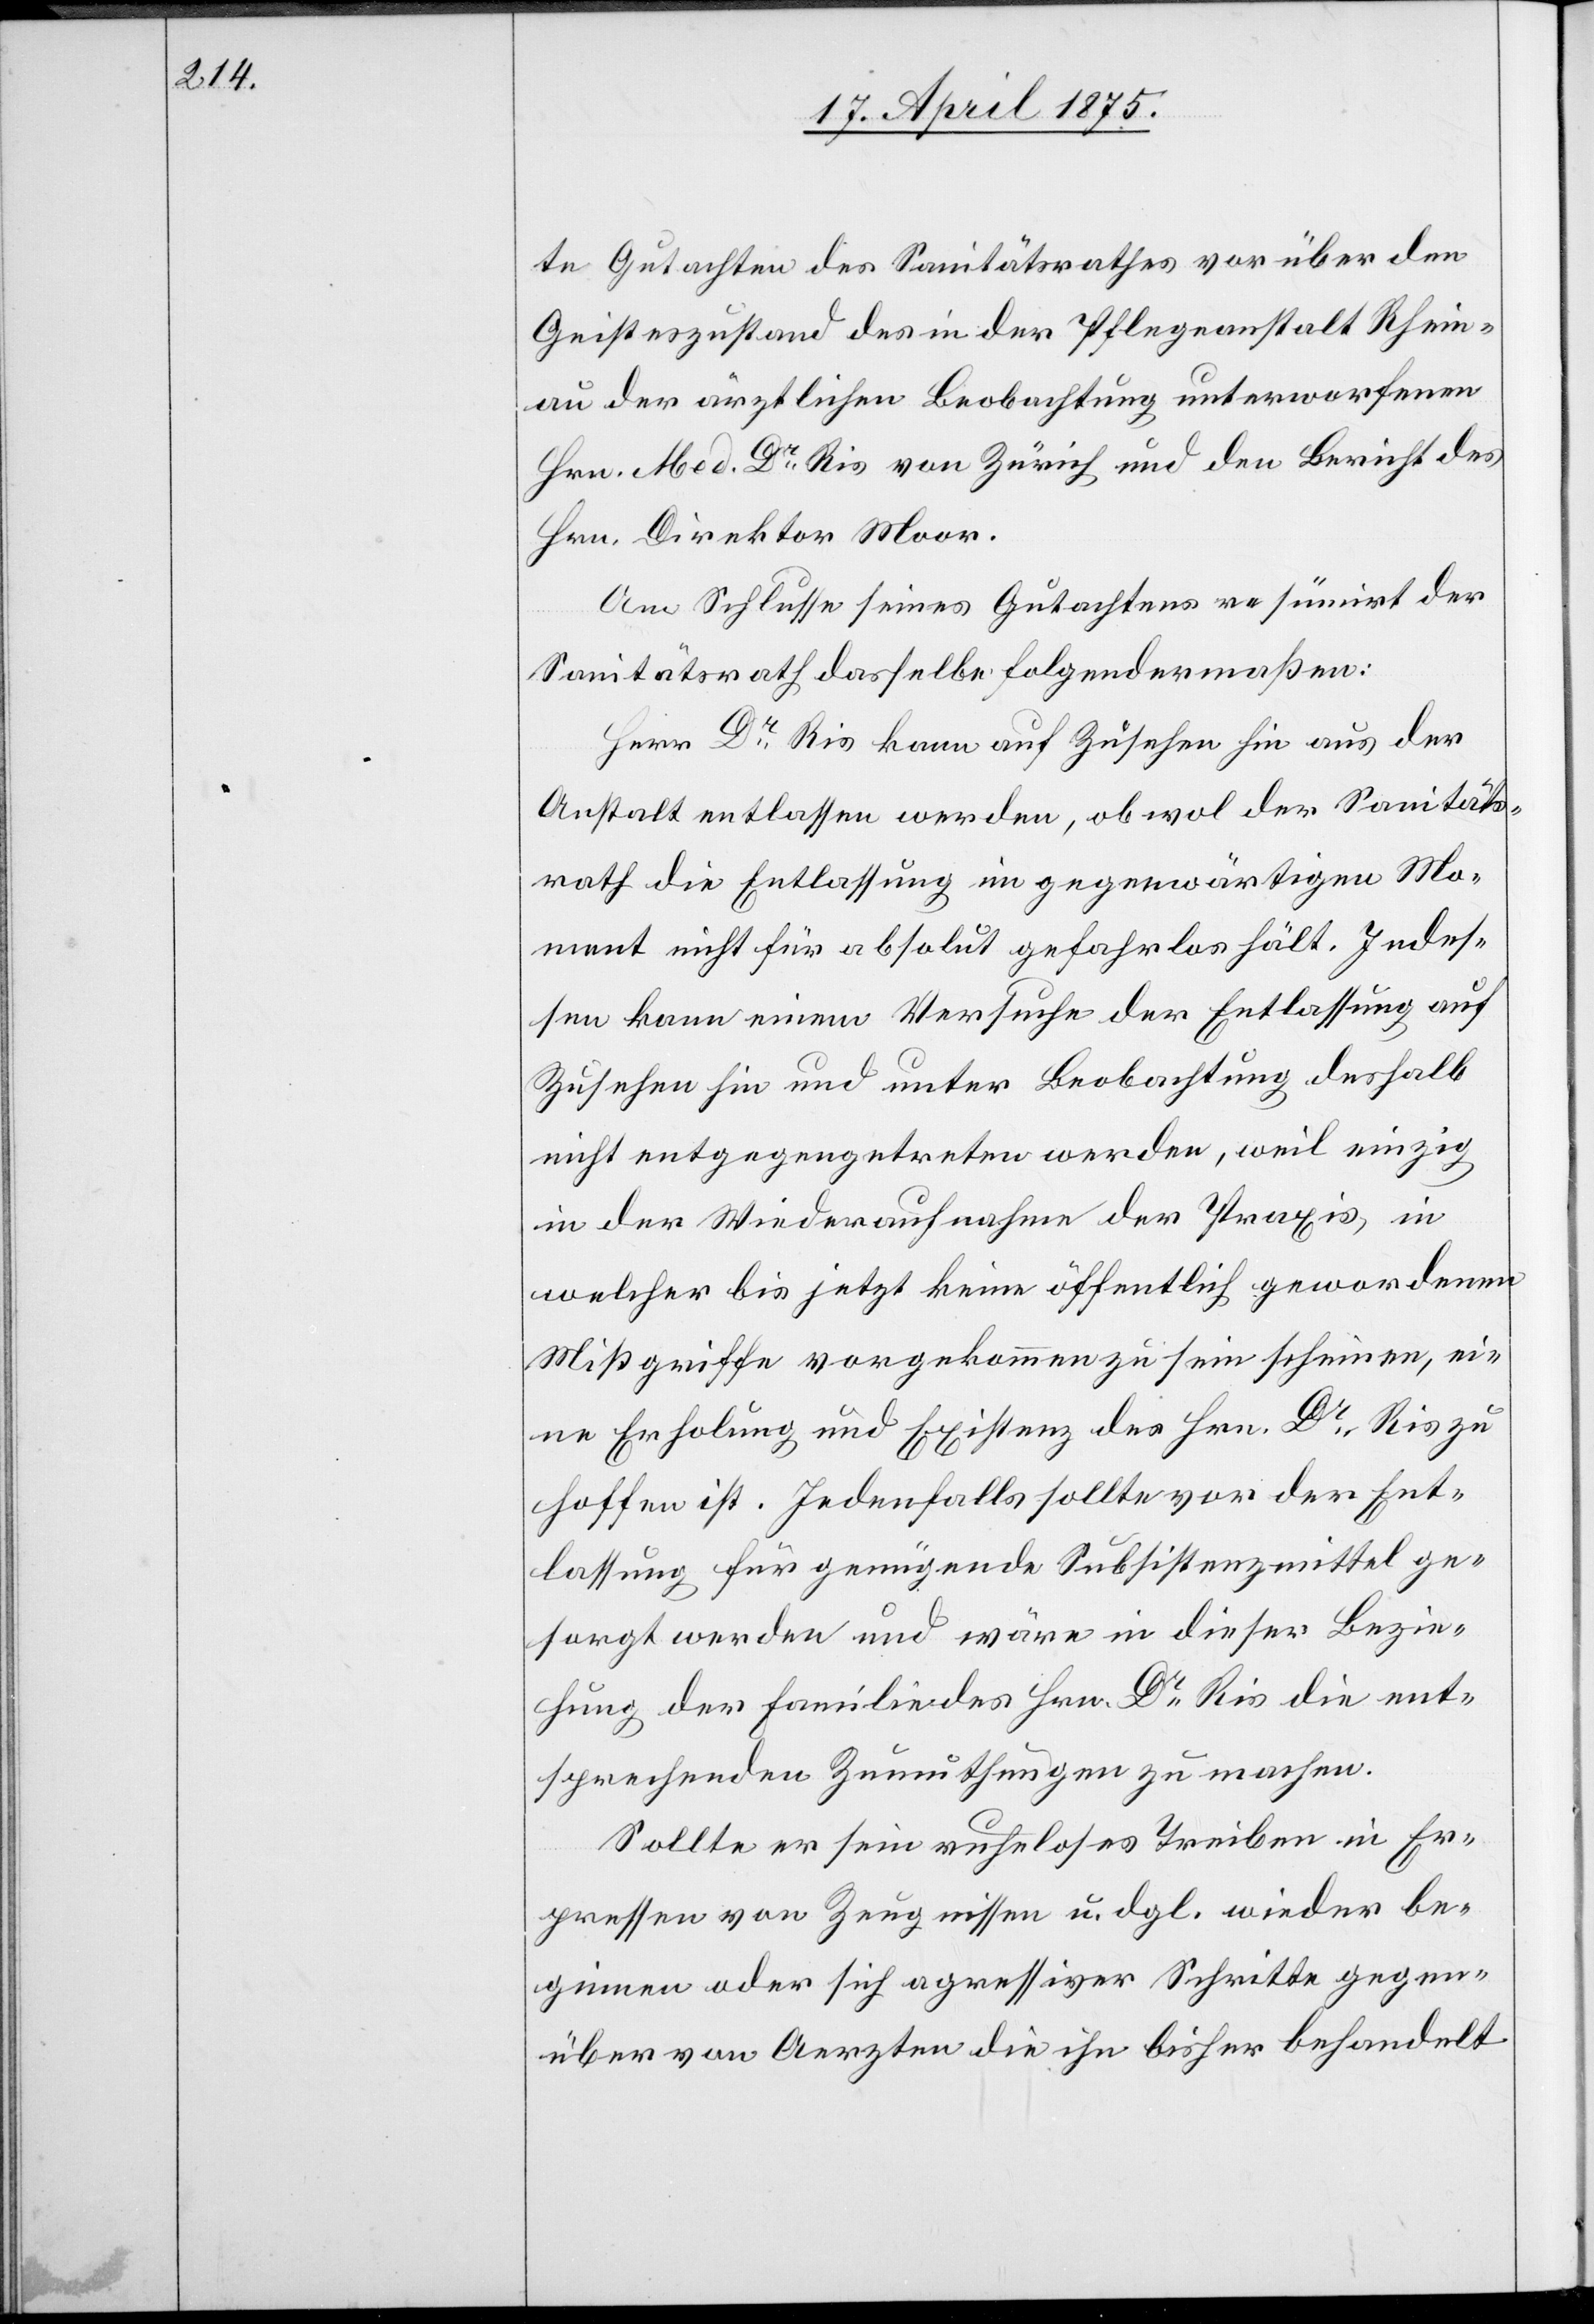
te Gutachten des Sanitätsrathes vor über den
Geisteszustand des in der Pflegeanstalt Rhein¬
au der ärztlichen Beobachtung unterworfenen
Hrn. Med. Dr Ris von Zürich und den Bericht des
Hrn. Direktor Moor.
Am Schlusse seines Gutachtens resümirt der
Sanitätsrath dasselbe folgendermaßen:
Herr Dr. Ris kann auf Zusehen hin aus der
Anstalt entlassen werden, obwol der Sanitäts¬
rath die Entlassung im gegenwärtigen Mo¬
ment nicht für absolut gefahrlos hält. Indes¬
sen kann einem Versuche der Entlassung auf
Zusehen hin und unter Beobachtung deshalb
nicht entgegengetreten werden, weil einzig
in der Wiederaufnahme der Praxis, in
welcher bis jetzt keine öffentlich gewordenen
Mißgriffe vorgekommen zu sein scheinen, ei¬
ne Erholung und Existenz des Hrn. Dr. Ris zu
hoffen ist. Jedenfalls sollte vor der Ent¬
lassung für genügende Subsistenzmittel ge¬
sorgt werden und wäre in dieser Bezie¬
hung der Familie des Hrn. Dr. Ris die ent¬
sprechenden Zumuthungen zu machen.
Sollte er sein ruheloses Treiben in Er¬
pressen von Zeugnissen u. dgl. wieder be¬
ginnen oder sich agressiver Schritte gegen¬
über von Aerzten die ihn bisher behandelt